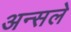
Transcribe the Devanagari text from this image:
अन्सले